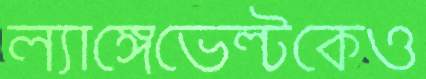
ল্যাঙ্গেভেল্টকেও